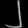
Digit: ၂